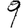
Digit: 9